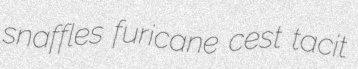
snaffles furicane cest tacit